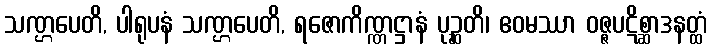
သဏ္ဌပေတိ, ပါရုပနံ သဏ္ဌပေတိ, ရဇောကိဏ္ဏဋ္ဌာနံ ပုဉ္ဆတိ၊ ဧဝမဿာ ဝဇ္ဇပဋိစ္ဆာဒနတ္ထံ